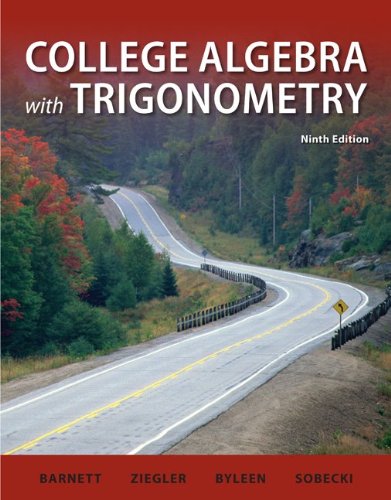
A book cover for College Algebra with Trigonometry (Barnett, Ziegler & Byleen's Precalculus Series); Raymond Barnett; Science & Math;